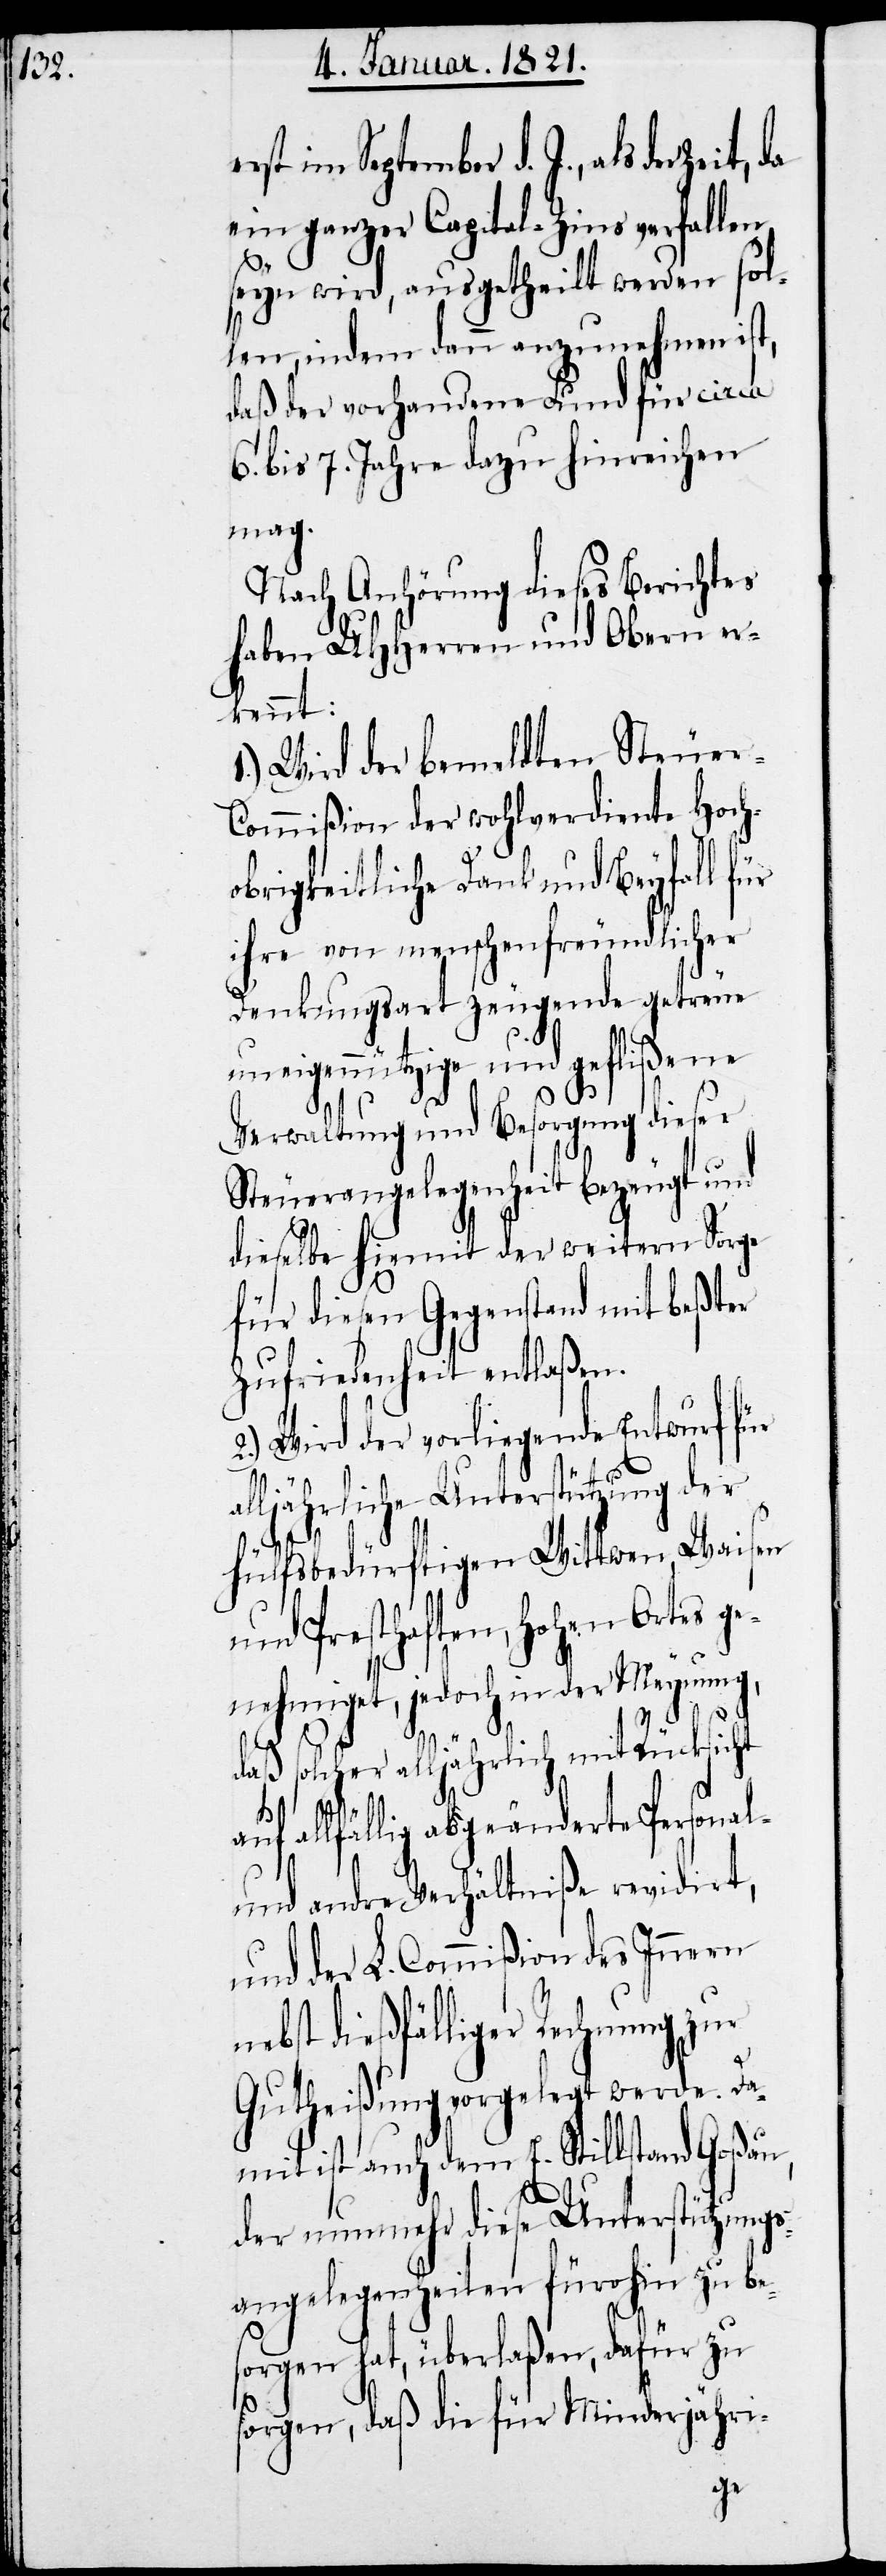
erst im September d. J., als der Ze¬
ein ganzer Capital-Zins verfallen
seyn wird, ausgetheilt werden sol¬
len, indem dann anzunehmen ist,
daß der vorhandene Fund für circa
6. bis 7. Jahre dazu hinreichen
mag.
Nach Anhörung dieses Berichtes
haben UHHerren und Obern er¬
kennt:
1.) Wird der bemeldten Steuer-C¬
ommißion der wohlverdiente Hoch¬
obrigkeitliche Dank und Beyfall für
ihre von menschenfreundlicher
Denkungsart zeugende getreue
uneigennützige und geflißene
Verwaltung und Besorgung dieser
Steuerangelegenheit bezeugt und
dieselbe hiermit der weitern Sorge
für diesen Gegenstand mit beßter
Zufriedenheit entlaßen.
2.) Wird der vorliegende Entwurf für
alljährliche Unterstützung der
hülfsbedürftigen Wittwen, Waisen
und Presthaften, hohen Ortes g¬
enehmigt, jedoch in der Meynung,
ht
da
solcher alljährlich mit Rücksic¬
allfällige abgeänderte Personal-
und andere Verhältniße revidirt,
und der L. Commißion des Innern
nebst dießfälliger Rechnung zur
Gutheißung vorgelegt werde. Da¬
mit ist auch dem E. Stillstand Goßau,
der nunmehr diese Unterstützungs¬
angelegenheiten fürohin zu be¬
sorgen hat, überlaßen, dafür zu
sorgen, daß die für Minderjähri-